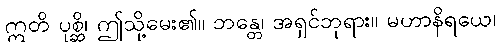
ဣတိ ပုစ္ဆိ၊ ဤသို့မေး၏။ ဘန္တေ၊ အရှင်ဘုရား။ မဟာနိရယေ၊